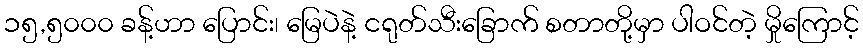
၁၅,၅၀၀၀ ခန့်ဟာ ပြောင်း၊ မြေပဲနဲ့ ငရုတ်သီးခြောက် စတာတို့မှာ ပါဝင်တဲ့ မှိုကြောင့်